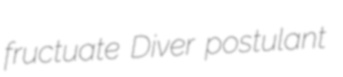
fructuate Diver postulant